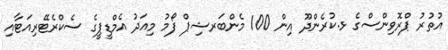
އުތުރު ޕްރޮވިންސްގެ ޅ.ކުރެންދޫ އިން 100 މެންބަރޝިޕް ފޯމު މިއަދު އެމްޑީޕީގެ ސެކްރެޓޭރިއަޓާއި